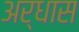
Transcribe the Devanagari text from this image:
अर्धास